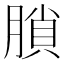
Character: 䐝